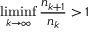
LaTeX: \operatorname* { l i m i n f } _ { k \to \infty } { \frac { n _ { k + 1 } } { n _ { k } } } > 1